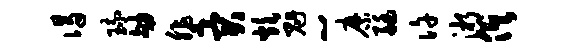
谒琉劬斐突炊魁~縻艇许淅俱